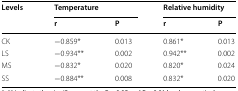
| <ROWSPAN=2> Levels | <COLSPAN=2> Temperature | <COLSPAN=2> Relative humidity |
 | r | P | r | P |
 | --- | --- | --- | --- | --- |
 | CK | −0.859* | 0.013 | 0.861* | 0.013 |
 | LS | −0.934** | 0.002 | 0.942** | 0.002 |
 | MS | −0.832* | 0.020 | 0.820* | 0.024 |
 | SS | −0.884** | 0.008 | 0.832* | 0.020 |